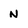
Character: n